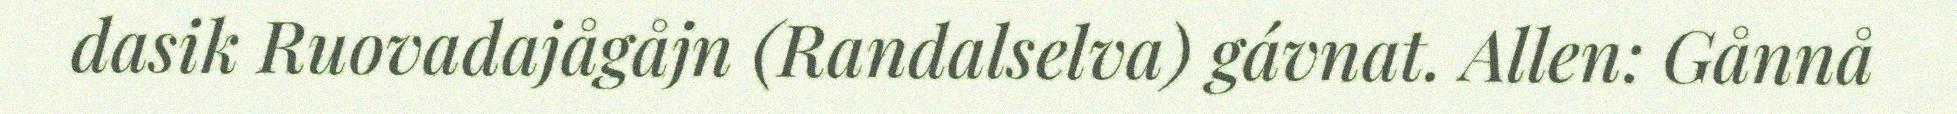
dasik Ruovadajågåjn (Randalselva) gávnat. Allen: Gånnå